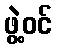
ဖွဲ့ဝင်